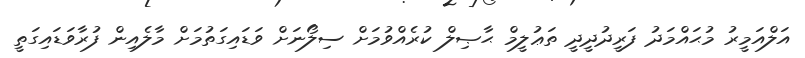
އަލްއަމީރު މުޙައްމަދު ފަރީދުދީދީ ތަޢުލީމް ޙާޞިލް ކުރެއްވުމަށް ސިލޯނަށް ވަޑައިގަތުމަށް މާލެއިން ފުރާވަޑައިގަތީ